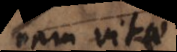
nam vitae